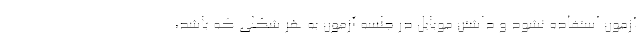
آزمون استفاده نشود و داشتن موبایل در جلسه آزمون به هر شکلی که باشد،